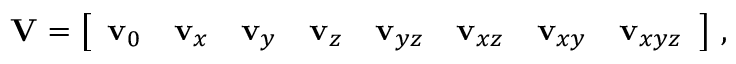
\mathbf V = \left[ \begin{array} { l l l l l l l l } { \mathbf v _ { 0 } } & { \mathbf v _ { x } } & { \mathbf v _ { y } } & { \mathbf v _ { z } } & { \mathbf v _ { y z } } & { \mathbf v _ { x z } } & { \mathbf v _ { x y } } & { \mathbf v _ { x y z } } \end{array} \right] \, ,